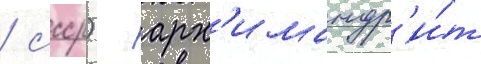
/ ссср) - арх'имандр'и́т